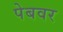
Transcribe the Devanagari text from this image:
पेबवर